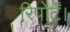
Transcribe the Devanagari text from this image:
रिपोर्टें।